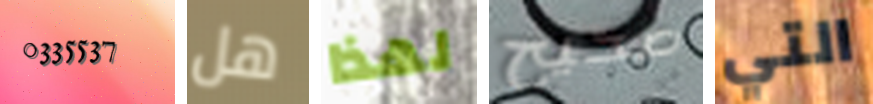
0335537 هل لهذا صحيح التي